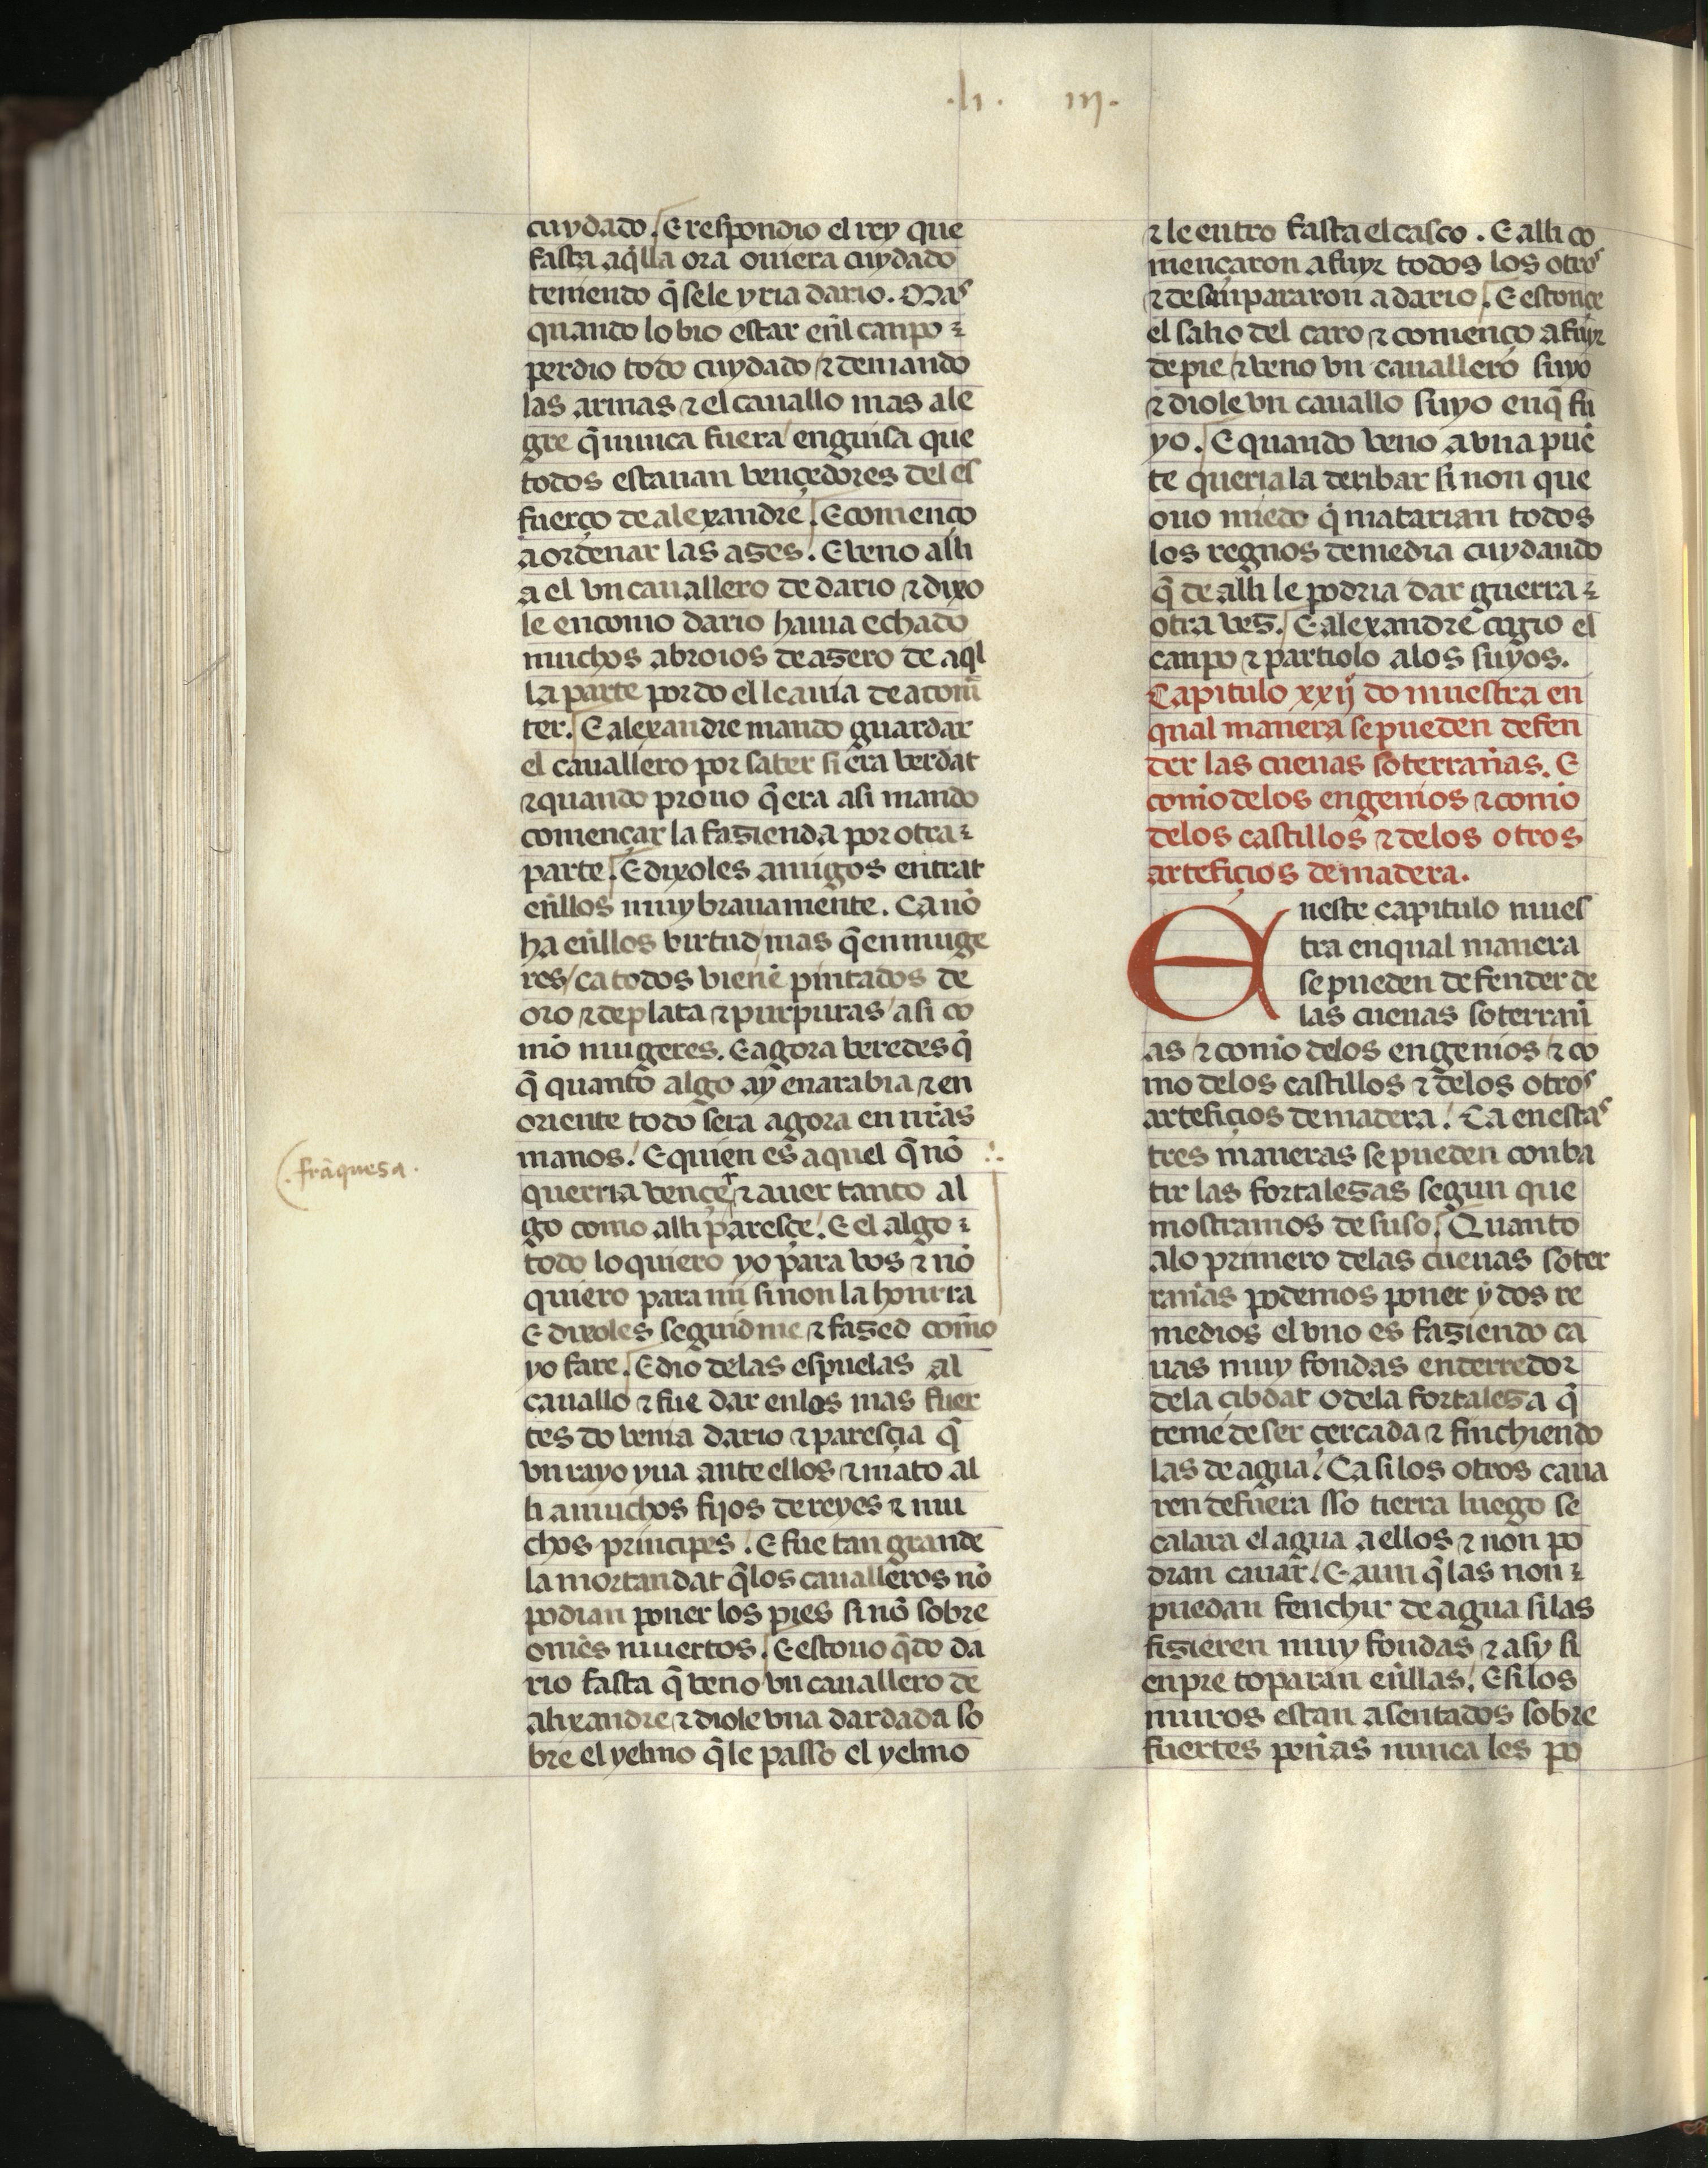
Shelfmark: Madrid, Fundación Lázaro Galdiano, mss 289
Century: 15